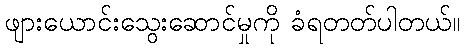
ဖျားယောင်းသွေးဆောင်မှုကို ခံရတတ်ပါတယ်။